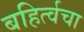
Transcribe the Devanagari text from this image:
बहिर्त्वचा